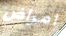
امراض